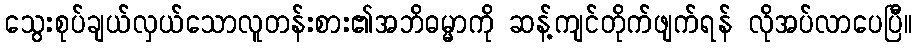
သွေးစုပ်ချယ်လှယ်သောလူတန်းစား၏အဘိဓမ္မာကို ဆန့်ကျင်တိုက်ဖျက်ရန် လိုအပ်လာပေပြီ။